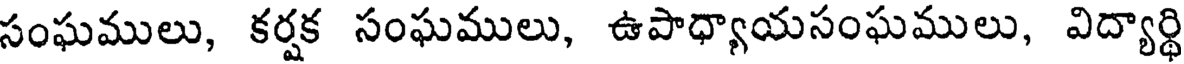
సంఘములు, కర్షక సంఘములు, ఉపాధ్యాయసంఘములు, విద్యార్థి